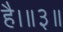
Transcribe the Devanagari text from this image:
है।॥३॥